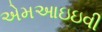
એમઆઇઇવી